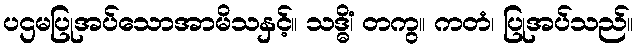
ပဌမပြုအပ်သောအာမိသနှင့်။ သဒ္ဓိံ၊ တကွ။ ကတံ၊ ပြုအပ်သည်။